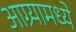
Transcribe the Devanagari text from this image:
आग्र्यामध्ये